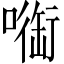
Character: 㗸